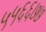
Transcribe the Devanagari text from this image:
५५६६७७